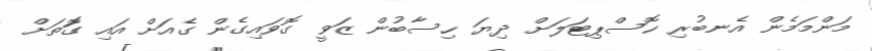
މަންމަމެން އެނބުރި ހޮސްޕިޓަލަށް ދިޔަ ހިސާބުން ޒަވީ ގޮވައިގެން ގެއަށް އައި ގޮަތަށް